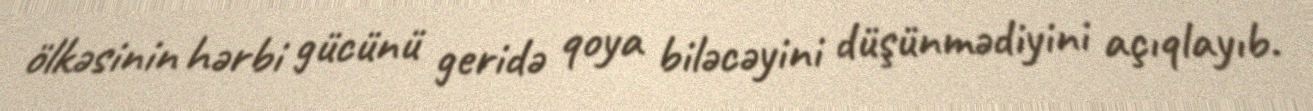
ölkəsinin hərbi gücünü geridə qoya biləcəyini düşünmədiyini açıqlayıb.